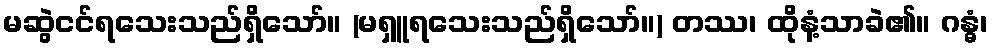
မဆွဲငင်ရသေးသည်ရှိသော်။ (မရှူရသေးသည်ရှိသော်။) တဿ၊ ထိုနံ့သာခဲ၏။ ဂန္ဓံ၊